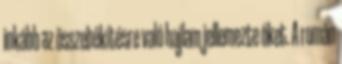
inkább az összebékítésre való hajlam jellemezte őket. A román